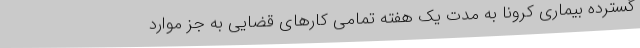
گسترده بیماری کرونا به مدت یک هفته تمامی کارهای قضایی به جز موارد